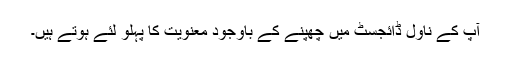
آپ کے ناول ڈائجسٹ میں چھپنے کے باوجود معنویت کا پہلو لئے ہوتے ہیں۔